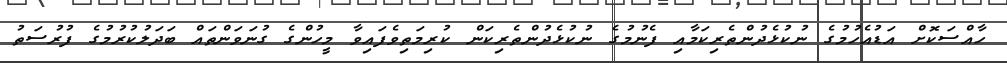
ހާއްސަކޮށް އަޑުއެހުމުގެ ނުކުޅެދުންތެރިކަމާއި ފެނުމުގެ ނުކުޅެދުންތެރިކަން ކުރިމަތިވެފައިވާ މީހުންގެ ގުނަވަންތައް ބަދަލުކުރުމުގެ ފުރުސަތު